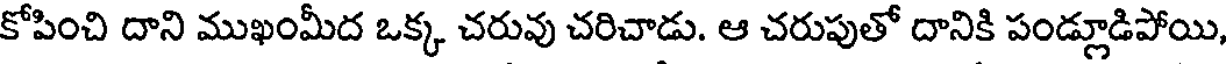
కోపించి దాని ముఖంమీద ఒక్క చరువు చరిచాడు. ఆ చరుపుతో దానికి పండ్లూడిపోయి,